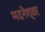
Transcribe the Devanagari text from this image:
मदनेश्वर